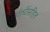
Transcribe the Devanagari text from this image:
गांधींसहित